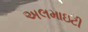
અલમાઇટી